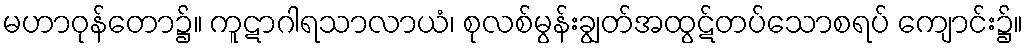
မဟာဝုန်တော၌။ ကူဋာဂါရသာလာယံ၊ စုလစ်မွန်းချွတ်အထွဋ်တပ်သောစရပ် ကျောင်း၌။